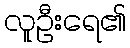
လူဦးရေ၏